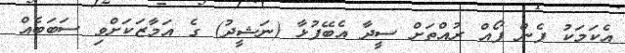
އެކަމަކު ފެން ފޯއް ރުއްތަށް ސީދާ އެބޭފުޅާ (ނަޝީދު) ގެ އަމާޒަކަށްވި ސަބަބެއް